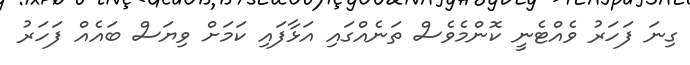
ގިނަ ފަހަރު ވެއްޓެނީ ކޮންމެވެސް ތަނެއްގައި އަޅާފައި ކަމަށް ވިޔަސް ބައެއް ފަހަރު